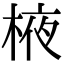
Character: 棭